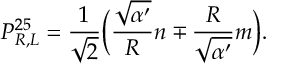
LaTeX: P _ { R , L } ^ { 2 5 } = \frac { 1 } { \sqrt { 2 } } \bigg ( \frac { \sqrt { \alpha ^ { \prime } } } { R } n \mp \frac { R } { \sqrt { \alpha ^ { \prime } } } m \bigg ) .